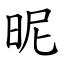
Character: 昵